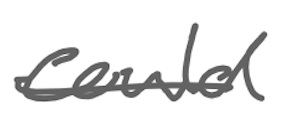
Text: could
Cross-out: single-line
Writing tool: digital_gray